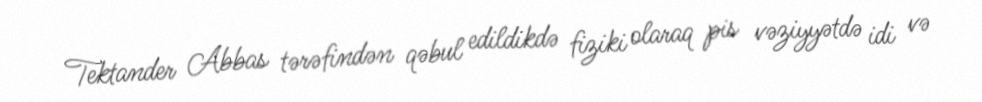
Tektander Abbas tərəfindən qəbul edildikdə fiziki olaraq pis vəziyyətdə idi və